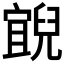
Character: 𰃓